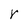
Character: r